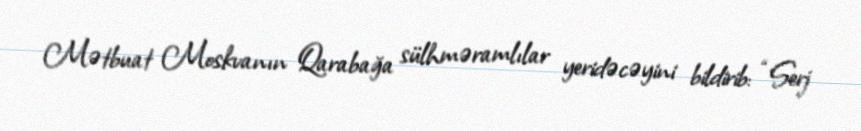
Mətbuat Moskvanın Qarabağa sülhməramlılar yeridəcəyini bildirib: “Serj